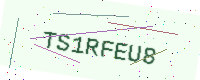
Text: TS1RFEU8